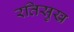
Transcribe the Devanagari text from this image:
रतिसुख